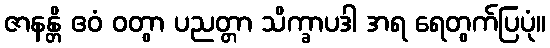
ဇာနန္တိ ဧဝံ ဝတွာ ပညတ္တာ သိက္ခာပဒါ အရ ရေတွက်ပြပုံ။